Papers set at the Examination for Leaving Certificates, 1893
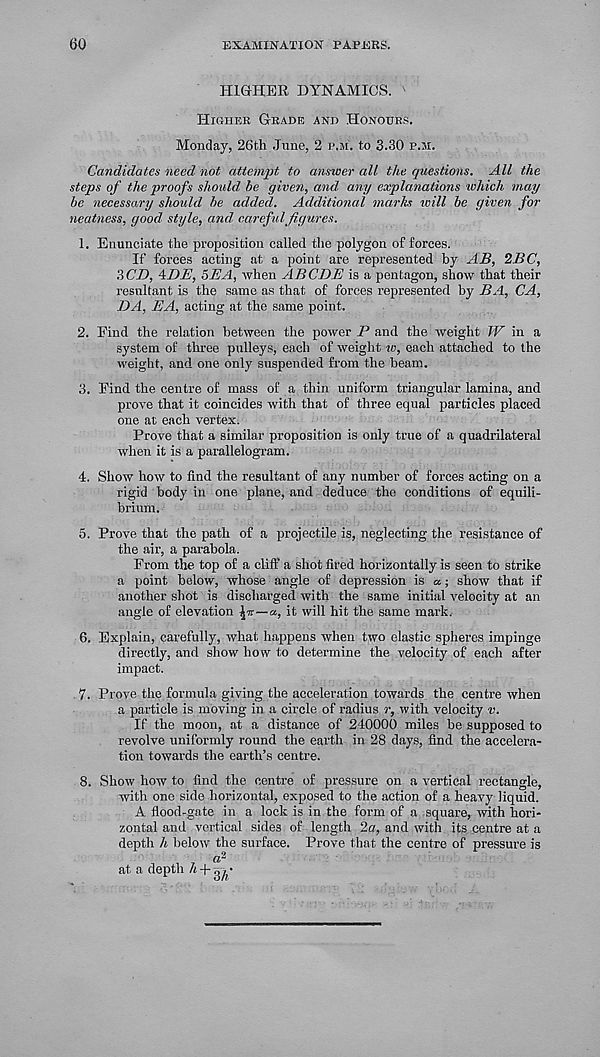
60
EXAMINATION PAPERS.
HIGHER DYNAMICS. '
Higher Grade and Honours.
Monday, 26th June, 2 p.m. to 3.30 p.m.
Candidates need not attempt to answer all the questions. All the
steps of the proofs should be given, and any explanations which may
be necessary should be added. Additional marks ivill be given for
neatness, good style, and. careful figures.
1. Enunciate the proposition called the polygon of forces.
If forces acting at a point are represented by AB, 2BC,
3CD, ADIi, 5EA, when ABODE is a pentagon, show that their
resultant is the same as that of forces represented hy BA, CA,
DA, EA, acting at the same point.
2. Find the relation between the power P and the weight W in a
system of three pulleys, each of weight to, each attached to the
weight, and one only suspended from the beam.
3. Find the centre of mass of a thin uniform triangular lamina, and
prove that it coincides with that of three equal particles placed
one at each vertex.
Prove that a similar proposition is only true of a quadrilateral
when it is a parallelogram.
4. Show how to find the resultant of any number of forces acting on a
rigid body in one plane, and deduce the conditions of equili-
brium.
5. Prove that the path of a projectile is, neglecting the resistance of
the air, a parabola.
From the top of a cliff a shot fired horizontally is seen to strike
a point below, whose angle of depression is a; show that if
another shot is discharged with the same initial velocity at an
angle of elevation \K—a, it will hit the same mark.
6. Explain, carefully, what happens when two elastic spheres impinge
directly, and show how to determine the velocity of each after
impact.
7. Prove the formula giving the acceleration towards the centre when
a particle is moving in a circle of radius r, with velocity v.
If the moon, at a distance of 240000 miles be supposed to
revolve uniformly round the earth in 28 days, find the accelera-
tion towards the earth’s centre.
8. Show how to find the centre of pressure on a vertical rectangle,
with one side horizontal, exposed to the action of a heavy liquid.
A flood-gate in a lock is in the form of a square, with hori-
zontal and vertical sides of length 2a, and with its centre at a
depth h below the surface. Prove that the centre of pressure is
a 2
at a depth h +